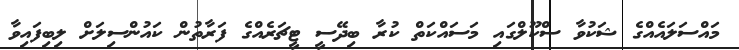
މައްސަލައެއްގެ ޝަކުވާ ސްކޫލްގައި މަސައްކަތް ކުރާ ބިދޭސީ ޓީޗަރެއްގެ ފަރާތުން ކައުންސިލަށް ލިބިފައިވާ